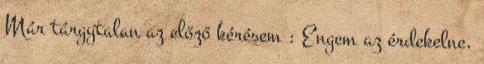
Már tárgytalan az előző kérésem : Engem az érdekelne,